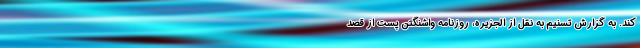
کند. به گزارش تسنیم به نقل از الجزیره، روزنامه واشنگتن پست از قصد